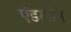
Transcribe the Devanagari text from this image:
एंडरसेन